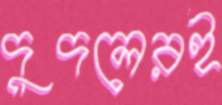
দুদলেরই